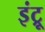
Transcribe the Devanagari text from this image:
इंट्रू